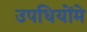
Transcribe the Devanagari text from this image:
उपधियोंमे